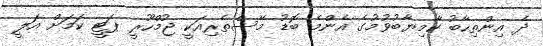
ދެ އިންތިހާބު ކާމިޔާބުވުމުގެ އެންމެ ބޮޑު މޭސްތެރިއަކީ ޖުމްހޫރީ ޕަޓީ ކަމަށް އަލީ